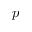
p